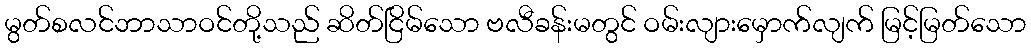
မွတ်စလင်ဘာသာဝင်တို့သည် ဆိတ်ငြိမ်သော ဗလီခန်းမတွင် ဝမ်းလျားမှောက်လျက် မြင့်မြတ်သော